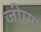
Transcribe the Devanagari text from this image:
जीम्मा